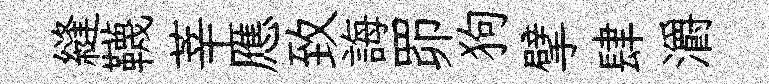
縫韈莘應致誨𦊑狗擘肆灂